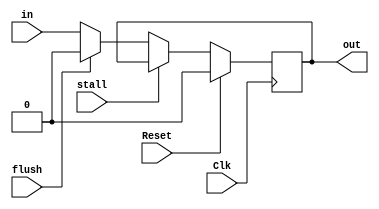


`timescale 1ns / 1ps


module PipeReg #(parameter WIDTH=1)(Clk, Reset, stall, in, out, flush);
    
    input wire Clk, Reset, stall, flush;
    input wire [WIDTH-1:0] in;
    
    output reg [WIDTH-1:0] out;
    
    
     always@(posedge Clk) begin
        if(Reset) begin
            out <= {WIDTH{1'b0}};
        end else begin 
            if(!stall) begin
                if(flush) begin
                    out <= {WIDTH{1'b0}};
                end else begin
                    out <= in; 
                end
            end
	    end
	end
	
	
endmodule